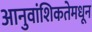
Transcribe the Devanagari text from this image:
आनुवांशिकतेमधून